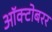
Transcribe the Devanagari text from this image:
ऑक्टोबरर